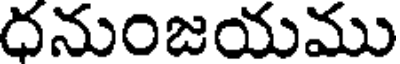
దనుంజయము